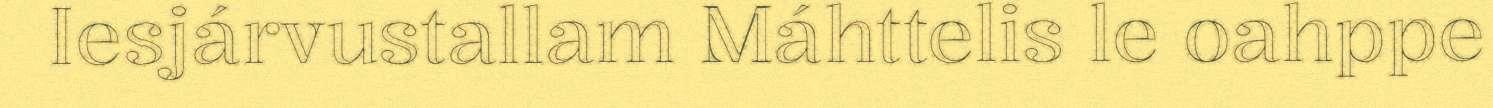
Iesjárvustallam Máhttelis le oahppe